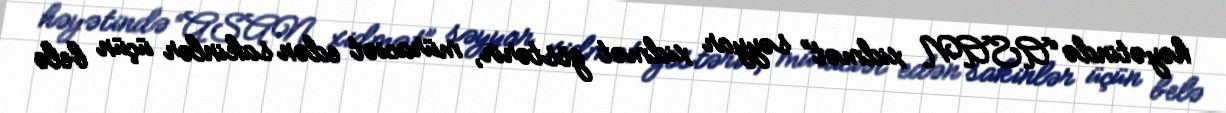
həyətində “ASAN xidmət” səyyar xidmət göstərir, müraciət edən sakinlər üçün belə